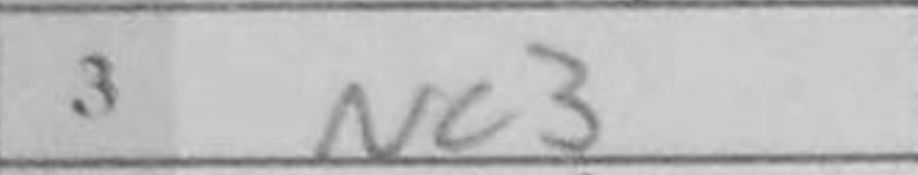
Transcription: Nc3